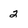
Character: 2